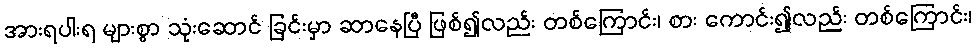
အားရပါးရ များစွာ သုံးဆောင် ခြင်းမှာ ဆာနေပြီ ဖြစ်၍လည်း တစ်ကြောင်း၊ စား ကောင်း၍လည်း တစ်ကြောင်း၊